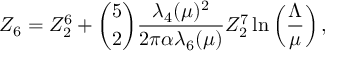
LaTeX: Z _ { 6 } = Z _ { 2 } ^ { 6 } + { \binom { 5 } { 2 } } { \frac { \lambda _ { 4 } ( \mu ) ^ { 2 } } { 2 \pi \alpha \lambda _ { 6 } ( \mu ) } } Z _ { 2 } ^ { 7 } \ln \left( \frac { \Lambda } { \mu } \right) ,